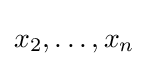
x_{2},\dots ,x_{n}